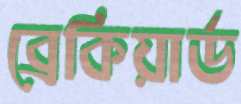
ব্রেকিয়ার্ড